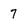
Character: 7